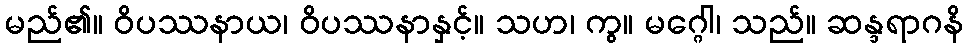
မည်၏။ ဝိပဿနာယ၊ ဝိပဿနာနှင့်။ သဟ၊ ကွ။ မဂ္ဂေါ၊ သည်။ ဆန္ဒရာဂနိ